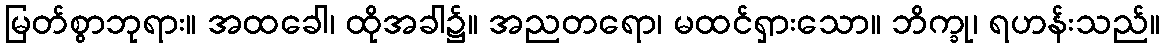
မြတ်စွာဘုရား။ အထခေါ၊ ထိုအခါ၌။ အညတရော၊ မထင်ရှားသော။ ဘိက္ခု၊ ရဟန်းသည်။